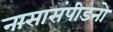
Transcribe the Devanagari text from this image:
नासासंपीडनो